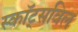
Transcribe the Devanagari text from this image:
स्कॉट्सविल